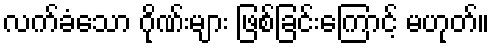
လက်ခံသော ဂိုဏ်းများ ဖြစ်ခြင်းကြောင့် မဟုတ်။